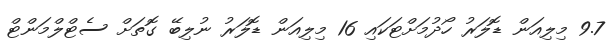
9.7 މިލިއަން ޑޮލަރު ހޯދުމަށްޓަކައި 16 މިލިއަން ޑޮލަރު ނުލިބޭ ގޮތަށް ސެޓްލްމަންޓް